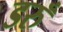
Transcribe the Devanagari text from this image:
डरुँ